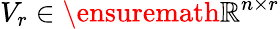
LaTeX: V_{r}\in\ensuremath{\mathbb{R}}^{n\times r}